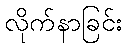
လိုက်နာခြင်း